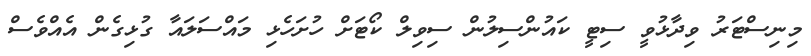
މިނިސްޓަރު ވިދާޅުވީ ސިޓީ ކައުންސިލުން ސިވިލް ކޯޓަށް ހުށަހެޅި މައްސަލައާ ގުޅިގެން އެއްވެސް